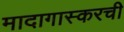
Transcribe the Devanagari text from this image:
मादागास्करची